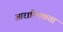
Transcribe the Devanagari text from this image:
आराम्भिकता